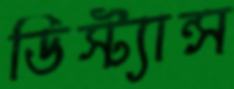
ডিস্ট্যান্স